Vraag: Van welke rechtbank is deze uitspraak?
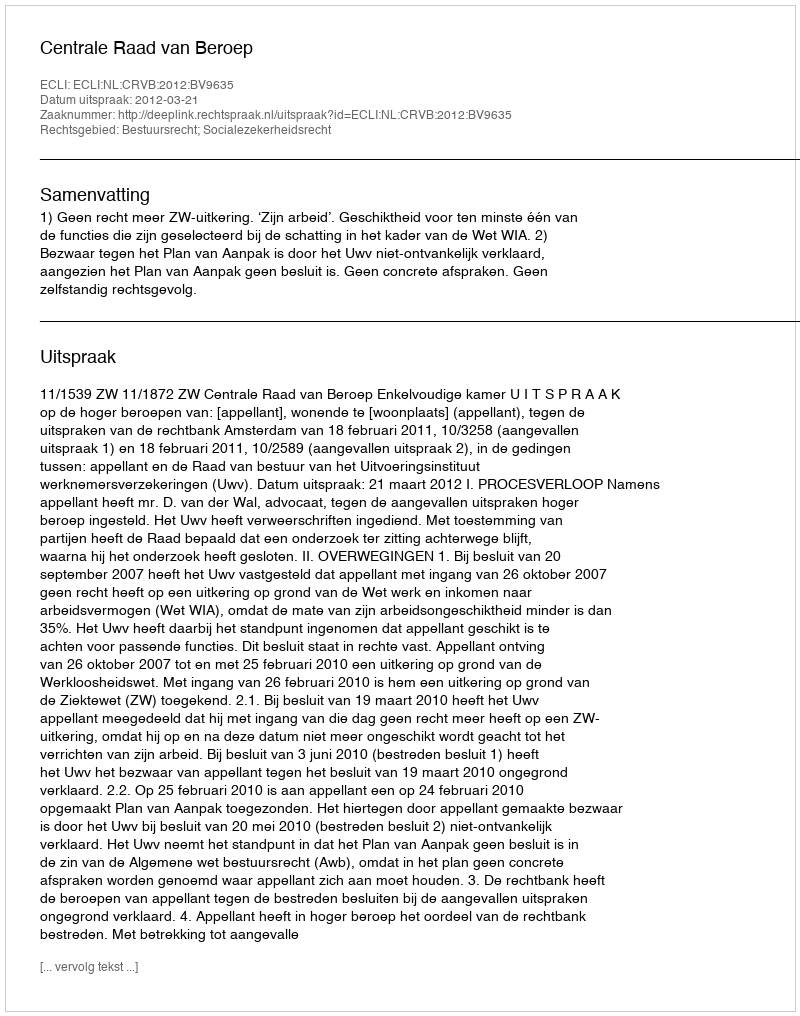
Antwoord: Centrale Raad van Beroep